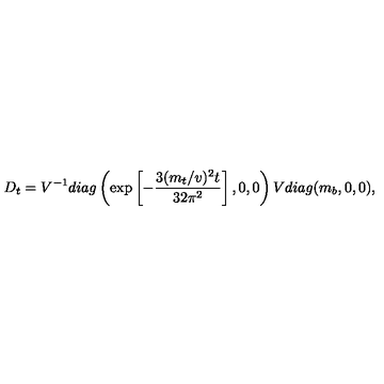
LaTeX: D _ { t } = V ^ { - 1 } d i a g \left( \exp \left[ - \frac { 3 ( m _ { t } / v ) ^ { 2 } t } { 3 2 \pi ^ { 2 } } \right] , 0 , 0 \right) V d i a g ( m _ { b } , 0 , 0 ) ,